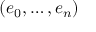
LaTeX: ( e _ { 0 } , \dots , e _ { n } )